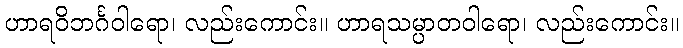
ဟာရဝိဘင်္ဂဝါရော၊ လည်းကောင်း။ ဟာရသမ္ပာတဝါရော၊ လည်းကောင်း။